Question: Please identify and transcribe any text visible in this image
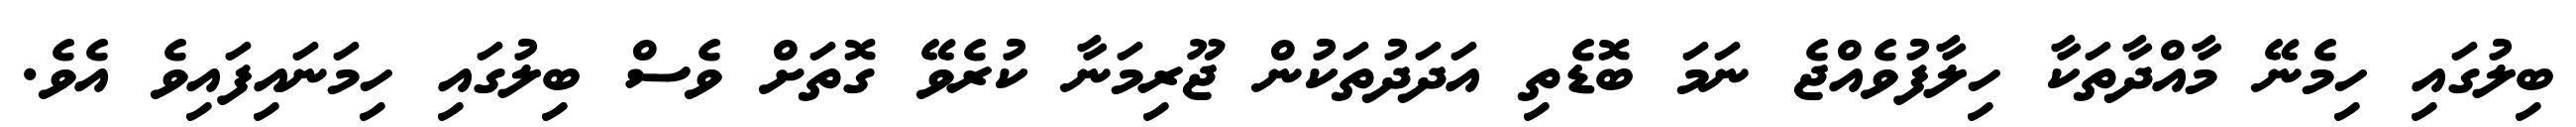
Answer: ބިލުގައި ހިމެނޭ މާއްދާތަކާ ހިލާފުވެއްޖެ ނަމަ ބޮޑެތި އަދަދުތަކުން ޖޫރިމަނާ ކުރެވޭ ގޮތަށް ވެސް ބިލުގައި ހިމަނައިފައިވެ އެވެ.